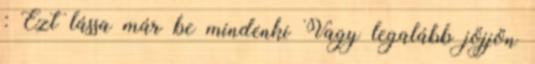
: Ezt lássa már be mindenki Vagy legalább jöjjön